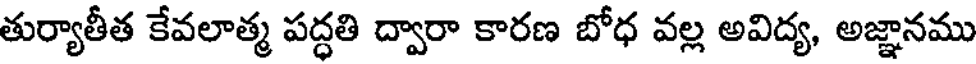
తుర్యాతీత కేవలాత్మ పద్ధతి ద్వారా కారణ బోధ వల్ల అవిద్య, అజ్ఞానము